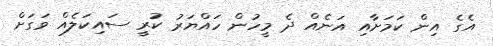
އެގެ އިން ކަމަށާއި އަނެއް ދެ މީހުން ހައްޔަރު ކުރީ ސައިކަލެއް ވަގަށް